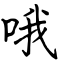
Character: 哦